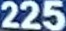
225